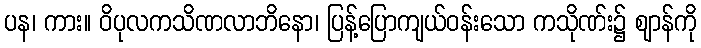
ပန၊ ကား။ ဝိပုလကသိဏလာဘိနော၊ ပြန့်ပြောကျယ်ဝန်းသော ကသိုဏ်း၌ ဈာန်ကို